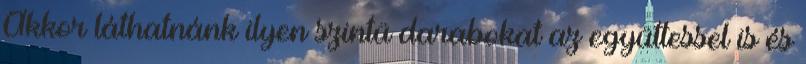
Akkor láthatnánk ilyen szintü darabokat az együttessel is és